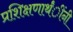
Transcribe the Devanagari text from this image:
प्रशिक्षणार्थंींनी